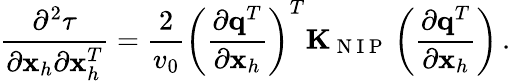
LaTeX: \frac{\partial^{2}\tau}{\partial{\mathbf x}_{h}\partial{\mathbf x}_{h}^{T}}=\frac{2}{v_{0}}\left(\frac{\partial{\mathbf q}^{T}}{\partial{\mathbf x}_{h}}\right)^{T}{\mathbf K}_{\mathrm{~N~I~P~}}\left(\frac{\partial{\mathbf q}^{T}}{\partial{\mathbf x}_{h}}\right)\, .